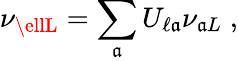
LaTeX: \nu_{\ellL}=\sum_{\mathfrak{a}}U_{\ell\mathfrak{a}}\nu_{\mathfrak{a}L}\; ,